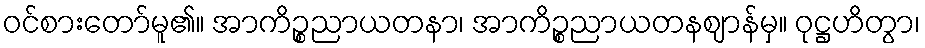
ဝင်စားတော်မူ၏။ အာကိဉ္စညာယတနာ၊ အာကိဉ္စညာယတနဈာန်မှ။ ဝုဋ္ဌဟိတွာ၊